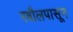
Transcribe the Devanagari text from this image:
रबौलपासून